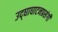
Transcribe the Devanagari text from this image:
उद्‌घाघाटनप्रसंगी